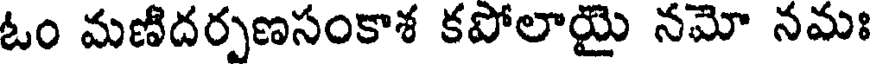
ఓం మణిదర్పణసంకాశ కపోలాయై నమో నమః